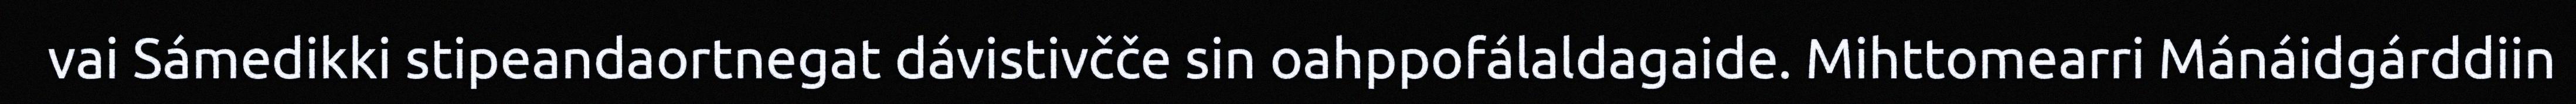
vai Sámedikki stipeandaortnegat dávistivčče sin oahppofálaldagaide. Mihttomearri Mánáidgárddiin